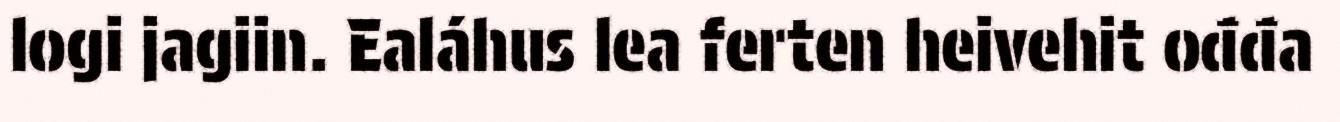
logi jagiin. Ealáhus lea ferten heivehit ođđa